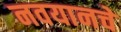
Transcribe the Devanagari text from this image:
नवयानचे